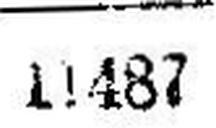
11487